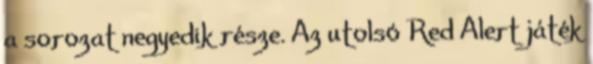
a sorozat negyedik része. Az utolsó Red Alert játék